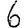
Digit: 6